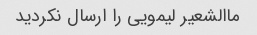
ماالشعیر لیمویی را ارسال نکردید